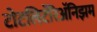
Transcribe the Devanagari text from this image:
टोटलिटॅरिॲनिझम